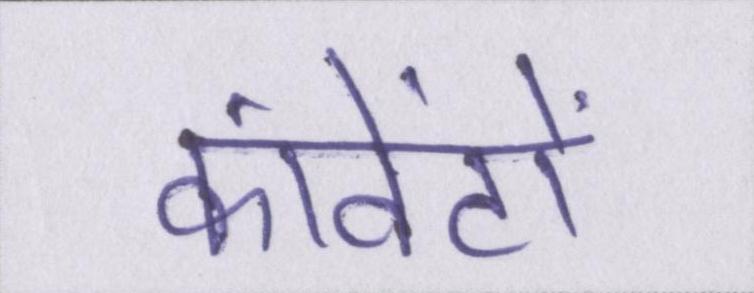
कांवेंटों